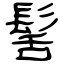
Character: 髺